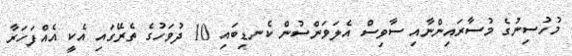
މުހުސިނުގެ މުސާރައިންނާއި ސާވިސް އެލަވަންސުން ކެނޑިބައި 10 ދުވަހުގެ ތެރޭގައި އެކީ އެއްފަހަރާ